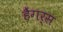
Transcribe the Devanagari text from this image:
हैंगर्स